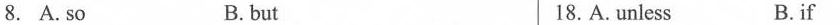
8. A. so B.but 18. A. unless B. if